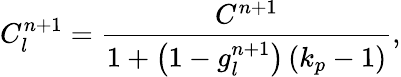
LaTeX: C_{l}^{n+1}=\frac{C^{n+1}}{1+\left(1-g_{l}^{n+1}\right)\left(k_{p}-1\right)},